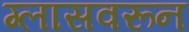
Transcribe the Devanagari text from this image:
ग्लासवरून